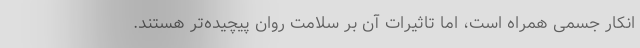
انکار جسمی همراه است، اما تاثیرات آن بر سلامت روان پیچیده‌تر هستند.